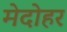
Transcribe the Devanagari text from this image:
मेदोहर